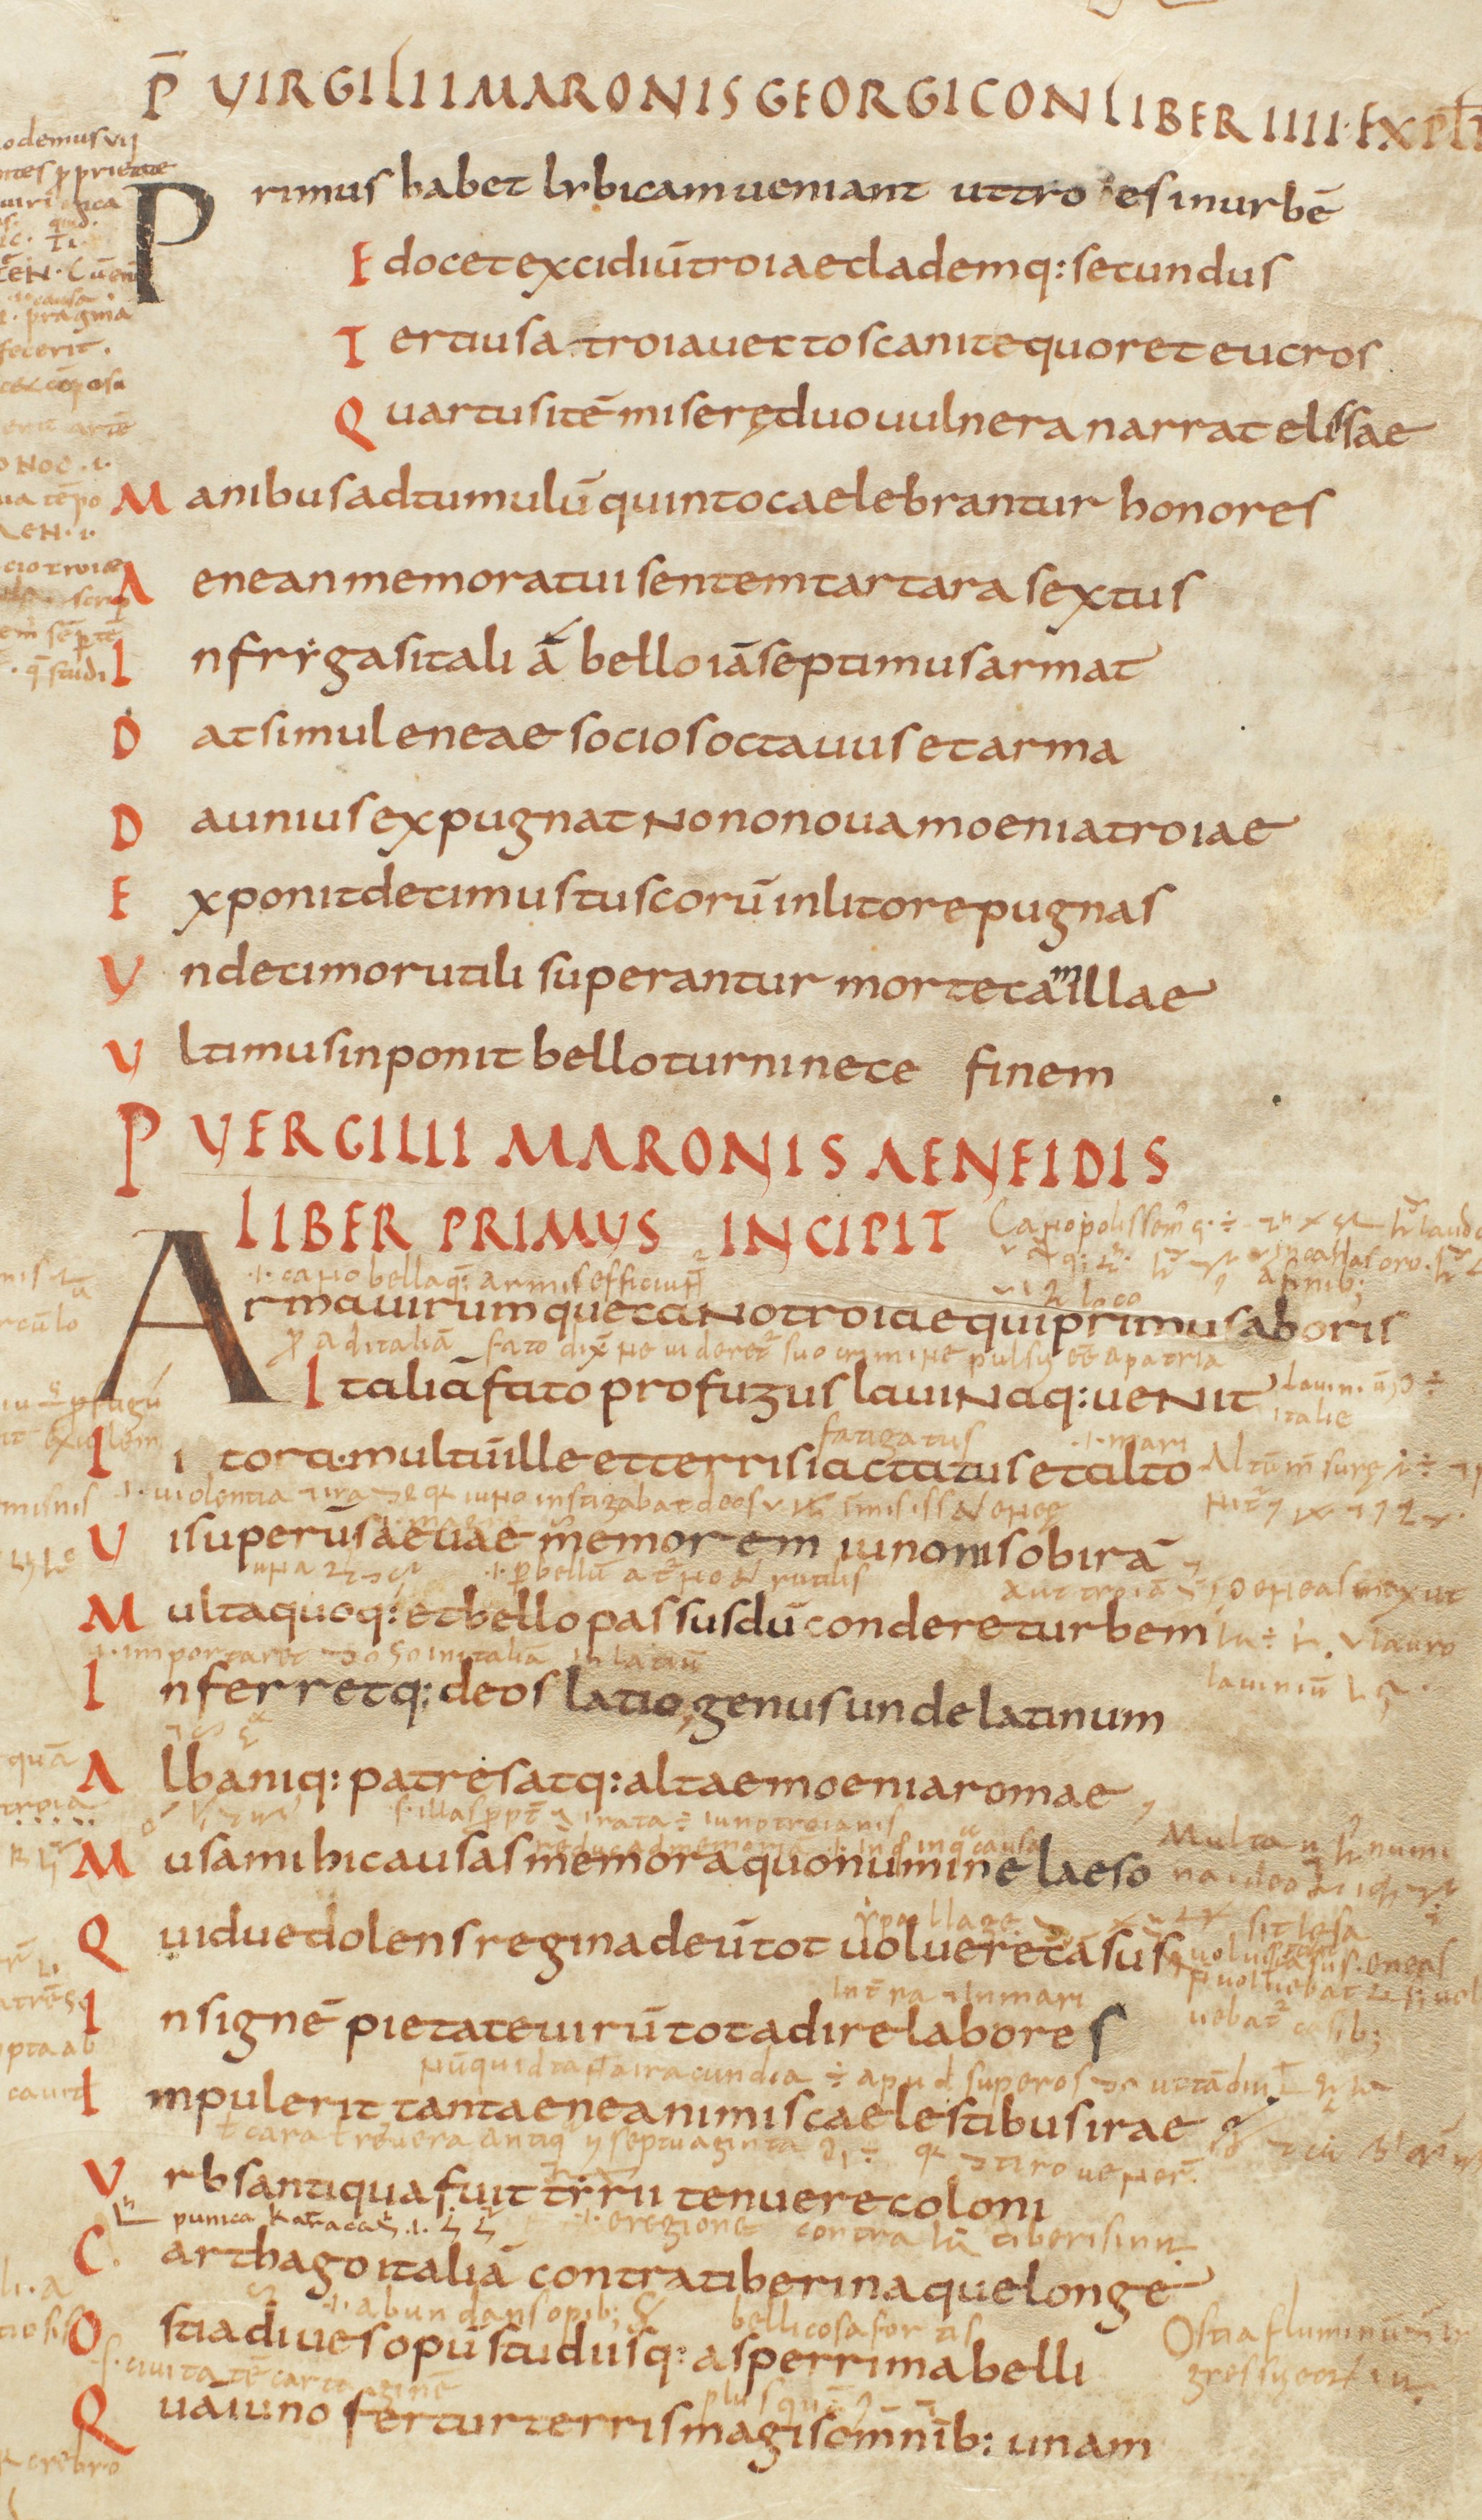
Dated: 825–849